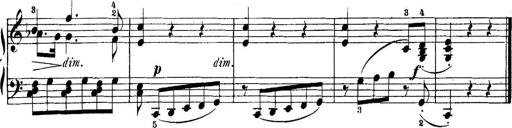
Title: 5 Sonatinas
Composer: Theodor Kirchner